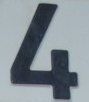
4